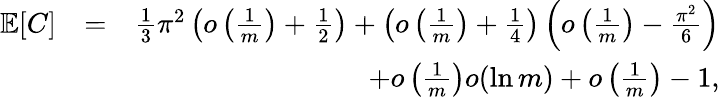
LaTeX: \begin{array}{rlr}{\mathbb{E}\! \left[C\right]}&{=}&{\frac{1}{3}\pi^{2}\left(o\left(\frac{1}{m}\right)+\frac{1}{2}\right)+\left(o\left(\frac{1}{m}\right)+\frac{1}{4}\right)\left(o\left(\frac{1}{m}\right)-\frac{\pi^{2}}{6}\right)}\\ &{}&{+o\left(\frac{1}{m}\right)o(\ln m)+o\left(\frac{1}{m}\right)-1,}\end{array}